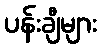
ပန်းချီများ